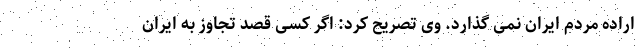
اراده مردم ایران نمی گذارد. وی تصریح کرد: اگر کسی قصد تجاوز به ایران